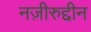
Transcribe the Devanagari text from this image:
नज़ीरुद्दीन